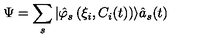
\Psi = \sum _ { s } | \hat { \varphi } _ { s } \left( \xi _ { i } , C _ { i } ( t ) \right) \rangle \hat { a } _ { s } ( t )